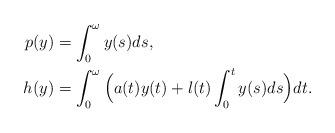
LaTeX: \begin{align*}p(y)&=\int_0^\omega y(s)ds,\\ h(y)&=\int_0^\omega\Big(a(t)y(t)+l(t)\int_0^ty(s)ds\Big)dt.\end{align*}